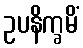
ဥပနိက္ခမိံ